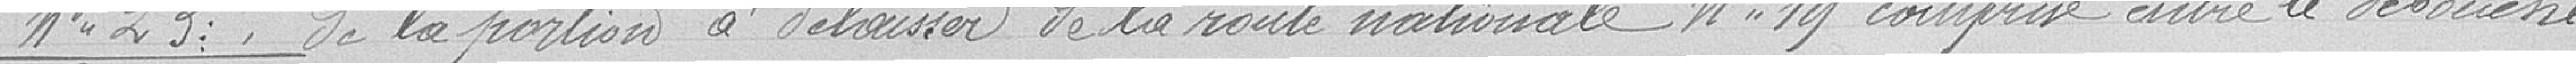
n° 23: de la portion à délaisser de la route nationale N°19 comprise entre le débouché